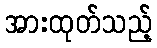
အားထုတ်သည့်